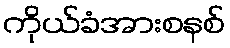
ကိုယ်ခံအားစနစ်